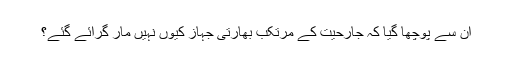
ان سے پوچھا گیا کہ جارحیت کے مرتکب بھارتی جہاز کیوں نہیں مار گرائے گئے؟